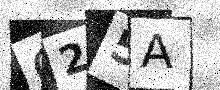
Text: C25A